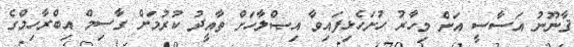
ޤާނޫނު އަސާސީ އަށް މިހާރު ހުށަހެޅިފައިވާ އިޞްލާހަށް ތާއީދު ކުރުމަށް ގާސިމް އިބްރާހިމްގެ